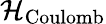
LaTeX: {\mathcal{H}}_{\mathrm{{Coulomb}}}